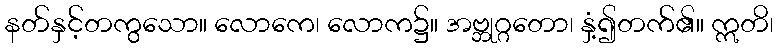
နတ်နှင့်တကွသော။ လောကေ၊ လောက၌။ အဗ္ဘုဂ္ဂတော၊ နှံ့၍တက်၏။ ဣတိ၊